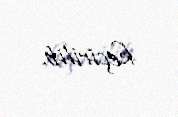
keçirilib.